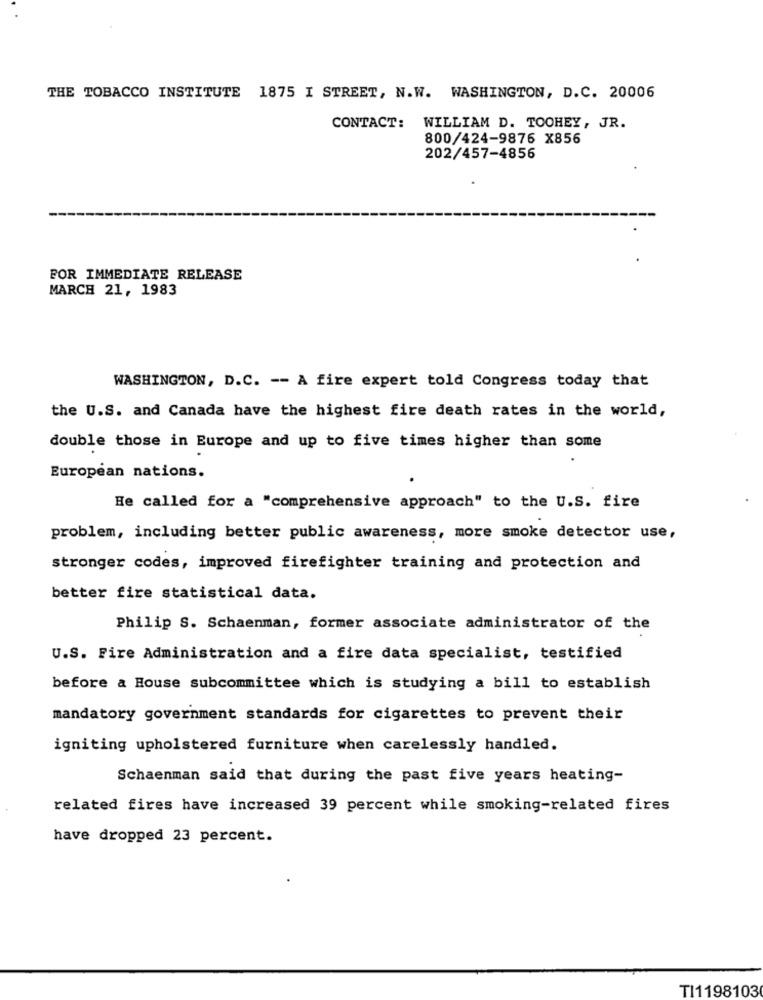
THE TOBACCO INSTITUTE 1875 I STREET, N.W. WASHINGTON, D.C. 20006
CONTACT: WILLIAM D. TOOHEY, JR.
800/424-9876 X856
202/457-4856
FOR IMMEDIATE RELEASE
MARCH 21, 1983
WASHINGTON, D.C. -- A fire expert told Congress today that
the U.S. and Canada have the highest fire death rates in the world,
double those in Europe and up to five times higher than some
European nations.
He called for a "comprehensive approach" to the U.S. fire
problem, including better public awareness, more smoke detector use,
stronger codes, improved firefighter training and protection and
better fire statistical data.
Philip S. Schaenman, former associate administrator of the
U.S. Fire Administration and a fire data specialist, testified
before a House subcommittee which is studying a bill to establish
mandatory government standards for cigarettes to prevent their
igniting upholstered furniture when carelessly handled.
Schaenman said that during the past five years heating-
related fires have increased 39 percent while smoking-related fires
have dropped 23 percent.
TI1198103